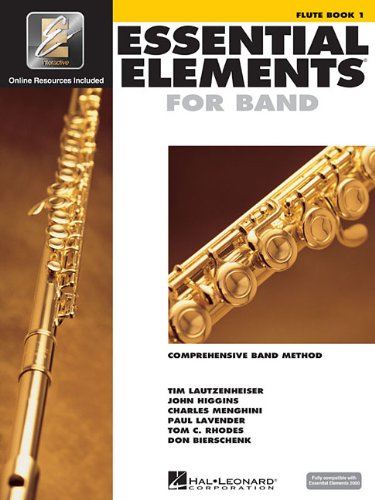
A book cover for Essential Elements 2000: Book 1 (Flute); Arts & Photography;